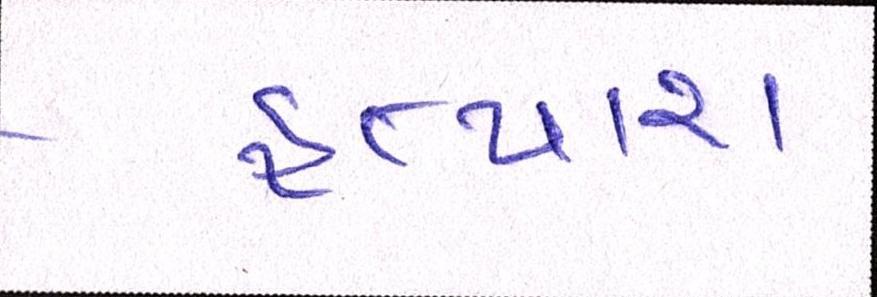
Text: હત્યારા